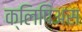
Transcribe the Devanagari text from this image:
क्लिपिअस